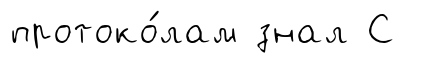
протоко́лам знал С